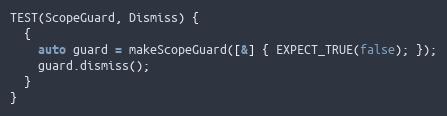
Language: C++
TEST(ScopeGuard, Dismiss) {
  {
    auto guard = makeScopeGuard([&] { EXPECT_TRUE(false); });
    guard.dismiss();
  }
}